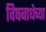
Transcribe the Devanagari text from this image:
विषबाधेच्या